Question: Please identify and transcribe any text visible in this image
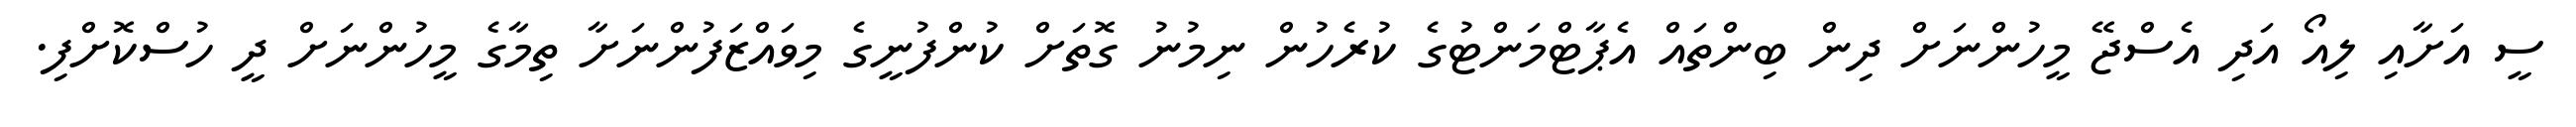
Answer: ސީ އަށާއި ލިއޯ އަދި އެސްޖޭ މީހުންނަށް ދިން ބިންތައް އެޕާޓްމަންޓުގެ ކުރެހުން ނިމުނު ގޮތަށް ކުންފުނީގެ މިވައްޒަފުންނަށާ ތިމާގެ މީހުންނަށް ދީ ހުސްކޮށްފި.